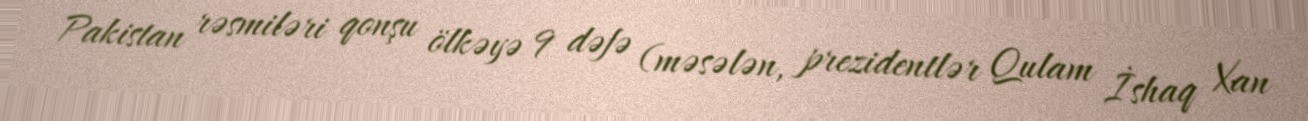
Pakistan rəsmiləri qonşu ölkəyə 9 dəfə (məsələn, prezidentlər Qulam İshaq Xan